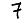
Digit: 7